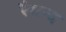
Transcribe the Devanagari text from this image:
रैमन्द